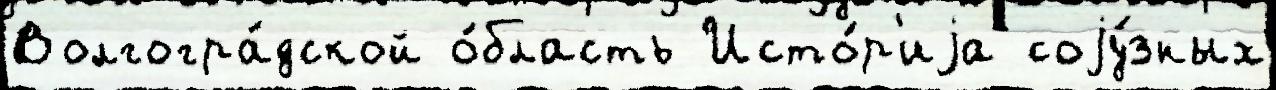
Волгогра́дской о́бласть Исто́р'иjа соjу́зных